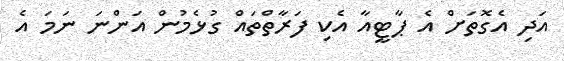
އަދި އެގޮތަށް އެ ޕާޓީއާ އެކި ފަރާތްތައް ގުޅެމުން އަންނަ ނަމަ އެ